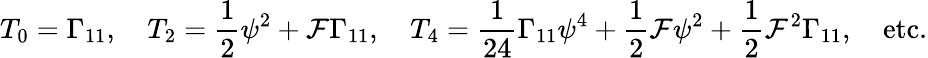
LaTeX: T_{0}=\Gamma_{11},\quad T_{2}={\frac{1}{2}}\psi^{2}+{\cal F}\Gamma_{11},\quad T_{4}={\frac{1}{24}}\Gamma_{11}\psi^{4}+{\frac{1}{2}}{\cal F}\psi^{2}+{\frac{1}{2}}{\cal F}^{2}\Gamma_{11},\quad\mathrm{etc.}